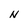
Character: N